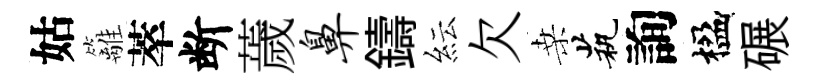
姑籬萃断薉鼻鑄紜欠桑茕詢楹碾